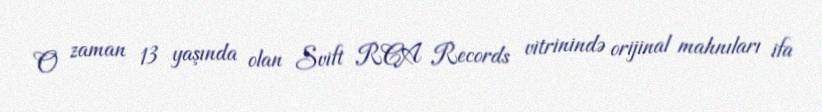
O zaman 13 yaşında olan Svift RCA Records vitrinində orijinal mahnıları ifa